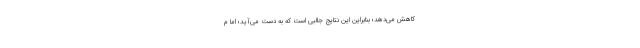
کاهش می‌دهد؛ بنابراین این نتایج جالبی است که به دست می‌آید؛ اما م